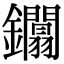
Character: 𨰏